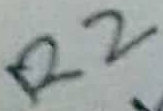
Text: R2